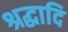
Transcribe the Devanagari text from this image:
श्रद्धादि